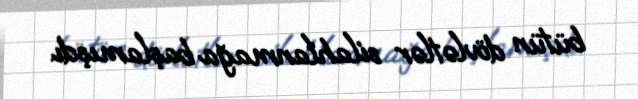
bütün dövlətlər silahlanmağa başlamışdı.